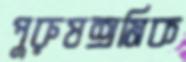
পুরুষশ্রমিক